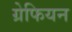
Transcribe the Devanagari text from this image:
ग्रेफियन